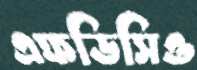
এফডিসিও